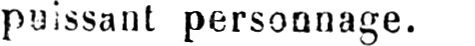
puissant personnage.